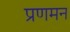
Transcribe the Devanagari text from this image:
प्रणमन